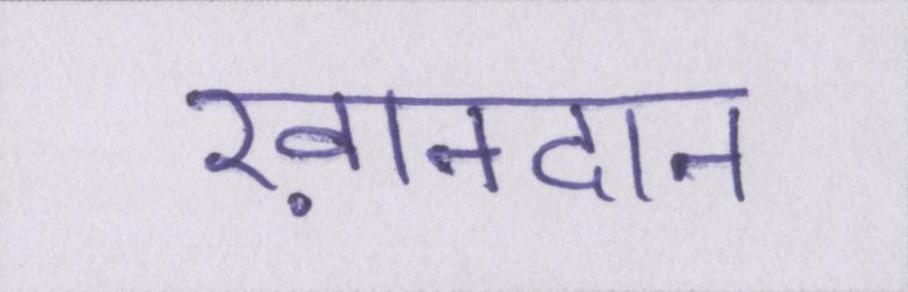
ख़ानदान